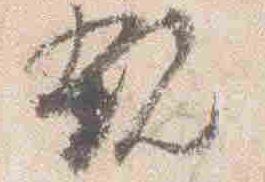
親